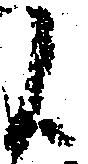
候